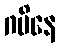
ဂမိနေ